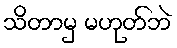
သိတာမှ မဟုတ်ဘဲ